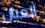
العيان